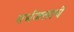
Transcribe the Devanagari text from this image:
गर्भजलाचे